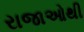
રાજાઓથી